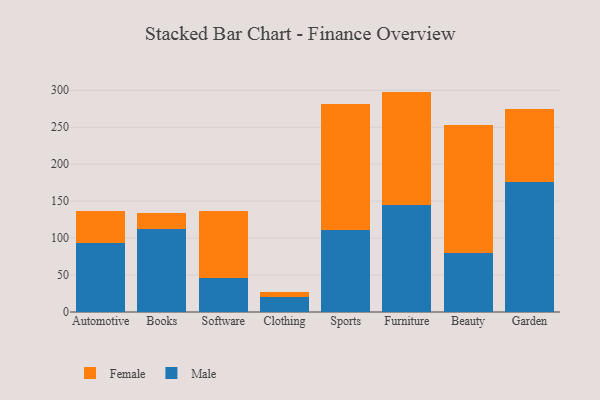
{"axis": {"x": "Category", "y": "Shipments"}, "legend": ["Female", "Male"], "data": [{"x": "Automotive", "y": 93.6, "type": "Male"}, {"x": "Automotive", "y": 43.3, "type": "Female"}, {"x": "Books", "y": 111.8, "type": "Male"}, {"x": "Books", "y": 22.1, "type": "Female"}, {"x": "Software", "y": 46.6, "type": "Male"}, {"x": "Software", "y": 90.3, "type": "Female"}, {"x": "Clothing", "y": 20.9, "type": "Male"}, {"x": "Clothing", "y": 6.4, "type": "Female"}, {"x": "Sports", "y": 110.3, "type": "Male"}, {"x": "Sports", "y": 171.8, "type": "Female"}, {"x": "Furniture", "y": 144.9, "type": "Male"}, {"x": "Furniture", "y": 153.3, "type": "Female"}, {"x": "Beauty", "y": 80.4, "type": "Male"}, {"x": "Beauty", "y": 173.1, "type": "Female"}, {"x": "Garden", "y": 176.1, "type": "Male"}, {"x": "Garden", "y": 98.6, "type": "Female"}]}